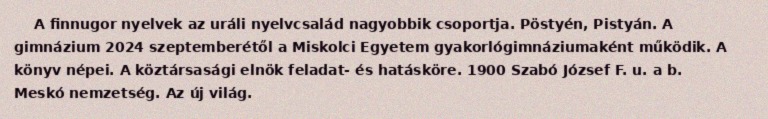
A finnugor nyelvek az uráli nyelvcsalád nagyobbik csoportja. Pöstyén, Pistyán. A gimnázium 2024 szeptemberétől a Miskolci Egyetem gyakorlógimnáziumaként működik. A könyv népei. A köztársasági elnök feladat- és hatásköre. 1900 Szabó József F. u. a b. Meskó nemzetség. Az új világ.